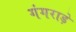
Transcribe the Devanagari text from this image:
गंगराड़े